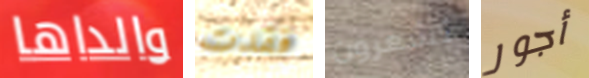
والداها فقدت تشعرون أجور